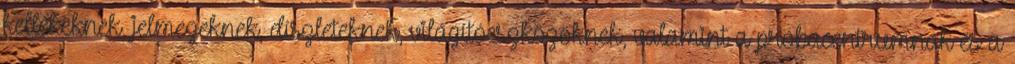
kellékeknek, jelmezeknek, díszleteknek, világítóeszközöknek, valamint a próbacentrumnak és a